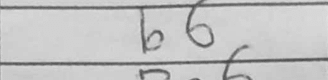
Transcription: b6